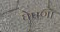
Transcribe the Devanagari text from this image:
घेषणा